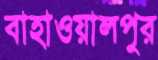
বাহাওয়ালপুর